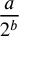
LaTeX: \frac { a } { 2 ^ { b } }